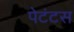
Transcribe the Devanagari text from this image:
पेटंटस